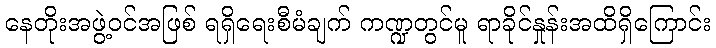
နေတိုးအဖွဲ့ဝင်အဖြစ် ရရှိရေးစီမံချက် ကဏ္ဍတွင်မူ ရာခိုင်နှုန်းအထိရှိကြောင်း